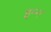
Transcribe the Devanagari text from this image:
इम्न